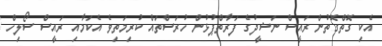
އެކި ގޮތްގޮތުން ރައީސް ނަޝީދުގެ ފަރާތްޕުޅުން ހުރަސްތައް ކުރިމަތިވެ އެކަމާއި ރައީސް ސޯލިހް